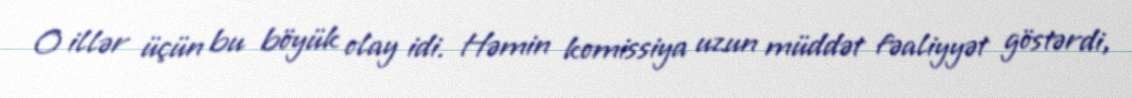
O illər üçün bu böyük olay idi. Həmin komissiya uzun müddət fəaliyyət göstərdi,